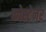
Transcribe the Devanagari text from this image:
कोस्टेनर